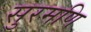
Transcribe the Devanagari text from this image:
सुरमणि